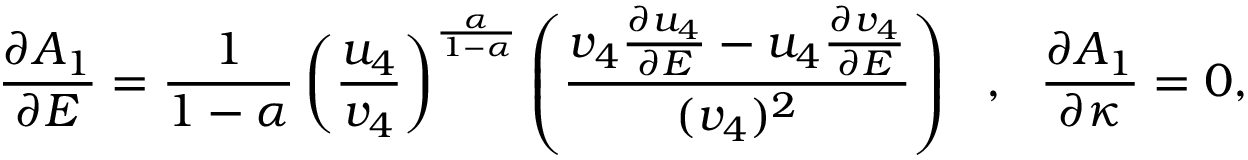
\frac { \partial A _ { 1 } } { \partial E } = \frac { 1 } { 1 - \alpha } \left( \frac { u _ { 4 } } { v _ { 4 } } \right) ^ { \frac { \alpha } { 1 - \alpha } } \left( \frac { v _ { 4 } \frac { \partial u _ { 4 } } { \partial E } - u _ { 4 } \frac { \partial v _ { 4 } } { \partial E } } { ( v _ { 4 } ) ^ { 2 } } \right) ~ ~ , ~ ~ \frac { \partial A _ { 1 } } { \partial \kappa } = 0 ,